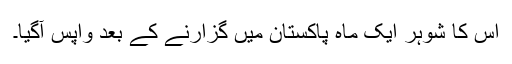
اس کا شوہر ایک ماہ پاکستان میں گزارنے کے بعد واپس آگیا۔